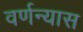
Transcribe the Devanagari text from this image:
वर्णन्यास